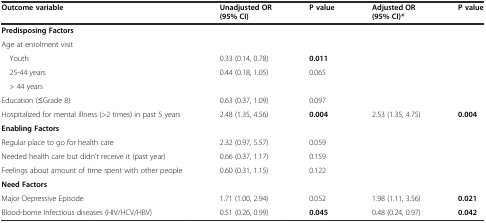
<table><thead><tr><td><b>Outcome variable</b></td><td><b>Unadjusted OR (95% CI)</b></td><td><b>P value</b></td><td><b>Adjusted OR (95% CI)*</b></td><td><b>P value</b></td></tr></thead><tbody><tr><td colspan="5"><b>Predisposing Factors</b></td></tr><tr><td>Age at enrolment visit</td><td></td><td></td><td rowspan="4"></td><td rowspan="4"></td></tr><tr><td> Youth</td><td>0.33 (0.14, 0.78)</td><td><b>0.011</b></td></tr><tr><td> 25-44 years</td><td rowspan="2">0.44 (0.18, 1.05)</td><td rowspan="2">0.065</td></tr><tr><td> &gt; 44 years</td></tr><tr><td>Education (≤Grade 8)</td><td>0.63 (0.37, 1.09)</td><td>0.097</td><td></td><td></td></tr><tr><td>Hospitalized for mental illness (&gt;2 times) in past 5 years</td><td>2.48 (1.35, 4.56)</td><td><b>0.004</b></td><td>2.53 (1.35, 4.75)</td><td><b>0.004</b></td></tr><tr><td colspan="5"><b>Enabling Factors</b></td></tr><tr><td>Regular place to go for health care</td><td>2.32 (0.97, 5.57)</td><td>0.059</td><td></td><td></td></tr><tr><td>Needed health care but didn’t receive it (past year)</td><td>0.66 (0.37, 1.17)</td><td>0.159</td><td></td><td></td></tr><tr><td>Feelings about amount of time spent with other people</td><td>0.60 (0.31, 1.15)</td><td>0.122</td><td></td><td></td></tr><tr><td colspan="5"><b>Need Factors</b></td></tr><tr><td>Major Depressive Episode</td><td>1.71 (1.00, 2.94)</td><td>0.052</td><td>1.98 (1.11, 3.56)</td><td><b>0.021</b></td></tr><tr><td>Blood-borne Infectious diseases (HIV/HCV/HBV)</td><td>0.51 (0.26, 0.99)</td><td><b>0.045</b></td><td>0.48 (0.24, 0.97)</td><td><b>0.042</b></td></tr></tbody></table>